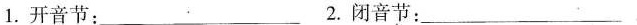
1.开音节:___ 2.闭音节:___